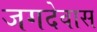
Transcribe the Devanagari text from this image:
जगदेवास